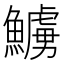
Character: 䲐